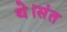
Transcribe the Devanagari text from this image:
थे।संत